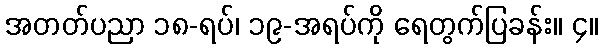
အတတ်ပညာ ၁၈-ရပ်၊ ၁၉-အရပ်ကို ရေတွက်ပြခန်း။ ၄။